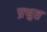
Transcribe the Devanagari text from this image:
प्रभुत